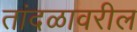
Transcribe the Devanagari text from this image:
तांदळावरील